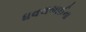
ધવલભાઈના